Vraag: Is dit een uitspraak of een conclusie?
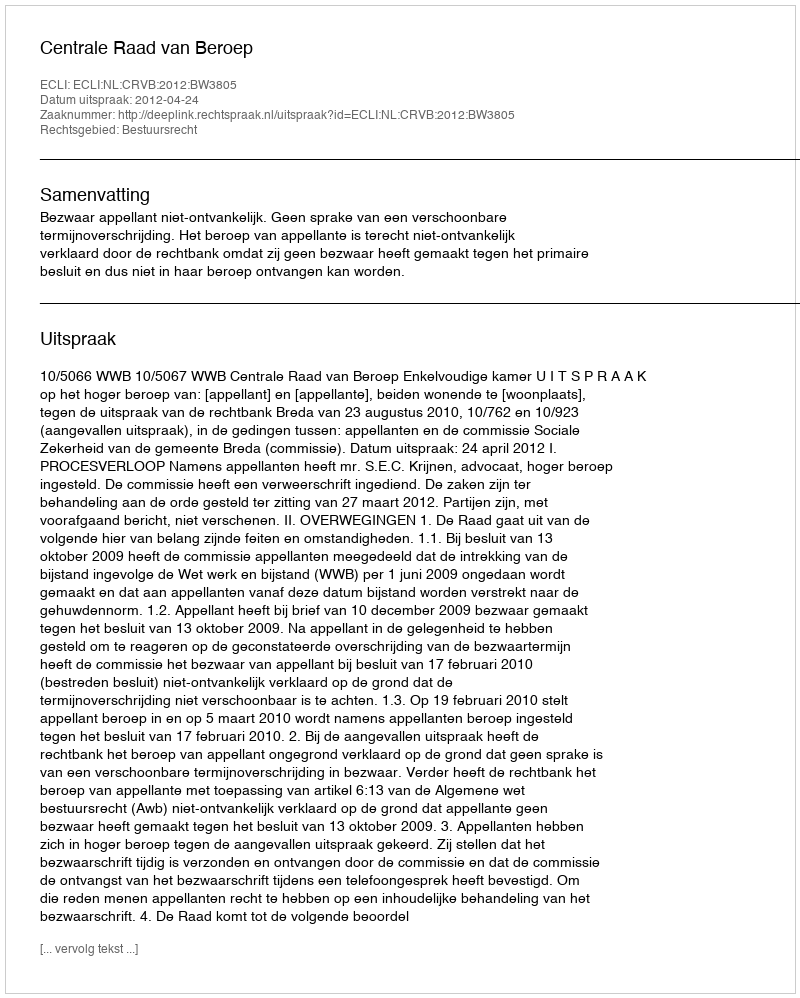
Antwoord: Uitspraak